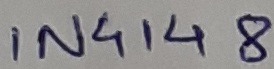
Text: IN4148